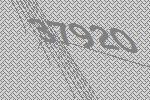
37920